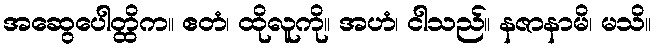
အဆွေပေါတ္ထိက။ ဧတံ၊ ထိုလူကို။ အဟံ၊ ငါသည်။ နဇာနာမိ၊ မသိ။